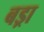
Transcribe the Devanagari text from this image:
बड्रा